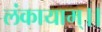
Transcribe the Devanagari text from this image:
लंकायाम्।।